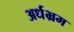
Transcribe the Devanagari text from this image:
अर्धभ्रम